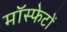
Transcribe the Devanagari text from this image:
मॉस्फेटों